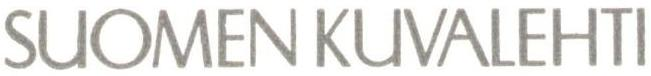
SUOMEN KUVALEHTI